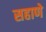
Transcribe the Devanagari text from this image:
सहाणे